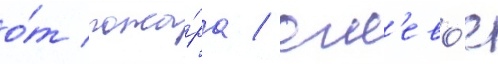
о́т пожа́ра / огн'ево́е